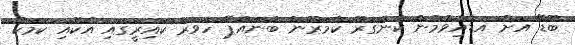
ބޮޑޭ އަށް އަޑުއިވުމުން ކެންގަރޫ ކެމަރޫން ބުނައްޕޭ ހަވަރު ކައިރީގައި އެކޮއި ކަމަކު